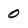
Character: 0